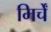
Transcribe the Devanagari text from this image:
मिर्चें